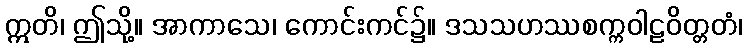
ဣတိ၊ ဤသို့။ အာကာသေ၊ ကောင်းကင်၌။ ဒသသဟဿစက္ကဝါဠဝိတ္တတံ၊